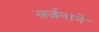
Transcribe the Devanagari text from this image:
सर्जनाने